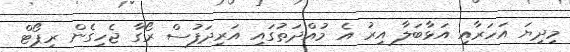
މިދިޔަ އަހަރާއި އަޅާބަލާ އިރު އެ މުއްދަތުގައި އަރިދަފުސް ރޯގާ ޖެހިގެން ރިޕޯޓް